Language: tamil
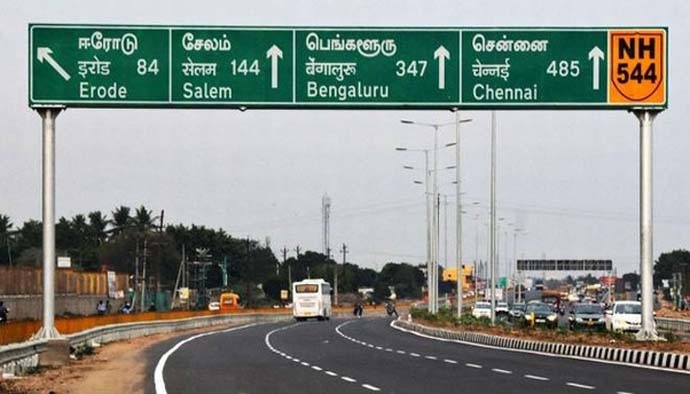
Transcription: பெங்களூரு சேலம் சென்னை ஈரோடு